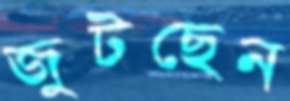
জুটছেন